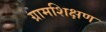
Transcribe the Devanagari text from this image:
ग्रामशिक्षण